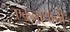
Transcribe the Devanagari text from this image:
एकना्थांनी